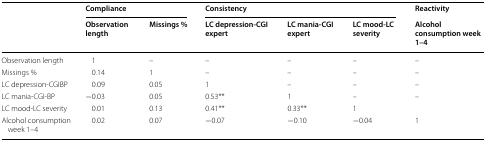
<table><thead><tr><td rowspan="2"></td><td colspan="2"><b>Compliance</b></td><td colspan="3"><b>Consistency</b></td><td><b>Reactivity</b></td></tr><tr><td><b>Observation length</b></td><td><b>Missings %</b></td><td><b>LC depression-CGI expert</b></td><td><b>LC mania-CGI expert</b></td><td><b>LC mood-LC severity</b></td><td><b>Alcohol consumption week 1–4</b></td></tr></thead><tbody><tr><td>Observation length</td><td>1</td><td>–</td><td>–</td><td>–</td><td>–</td><td>–</td></tr><tr><td>Missings %</td><td>0.14</td><td>1</td><td>–</td><td>–</td><td>–</td><td>–</td></tr><tr><td>LC depression-CGIBP</td><td>0.09</td><td>0.05</td><td>1</td><td>–</td><td>–</td><td>–</td></tr><tr><td>LC mania-CGI-BP</td><td>−0.03</td><td>0.05</td><td>0.53**</td><td>1</td><td>–</td><td>–</td></tr><tr><td>LC mood-LC severity</td><td>0.01</td><td>0.13</td><td>0.41**</td><td>0.33**</td><td>1</td><td></td></tr><tr><td>Alcohol consumption week 1–4</td><td>0.02</td><td>0.07</td><td>−0.07</td><td>−0.10</td><td>−0.04</td><td>1</td></tr></tbody></table>